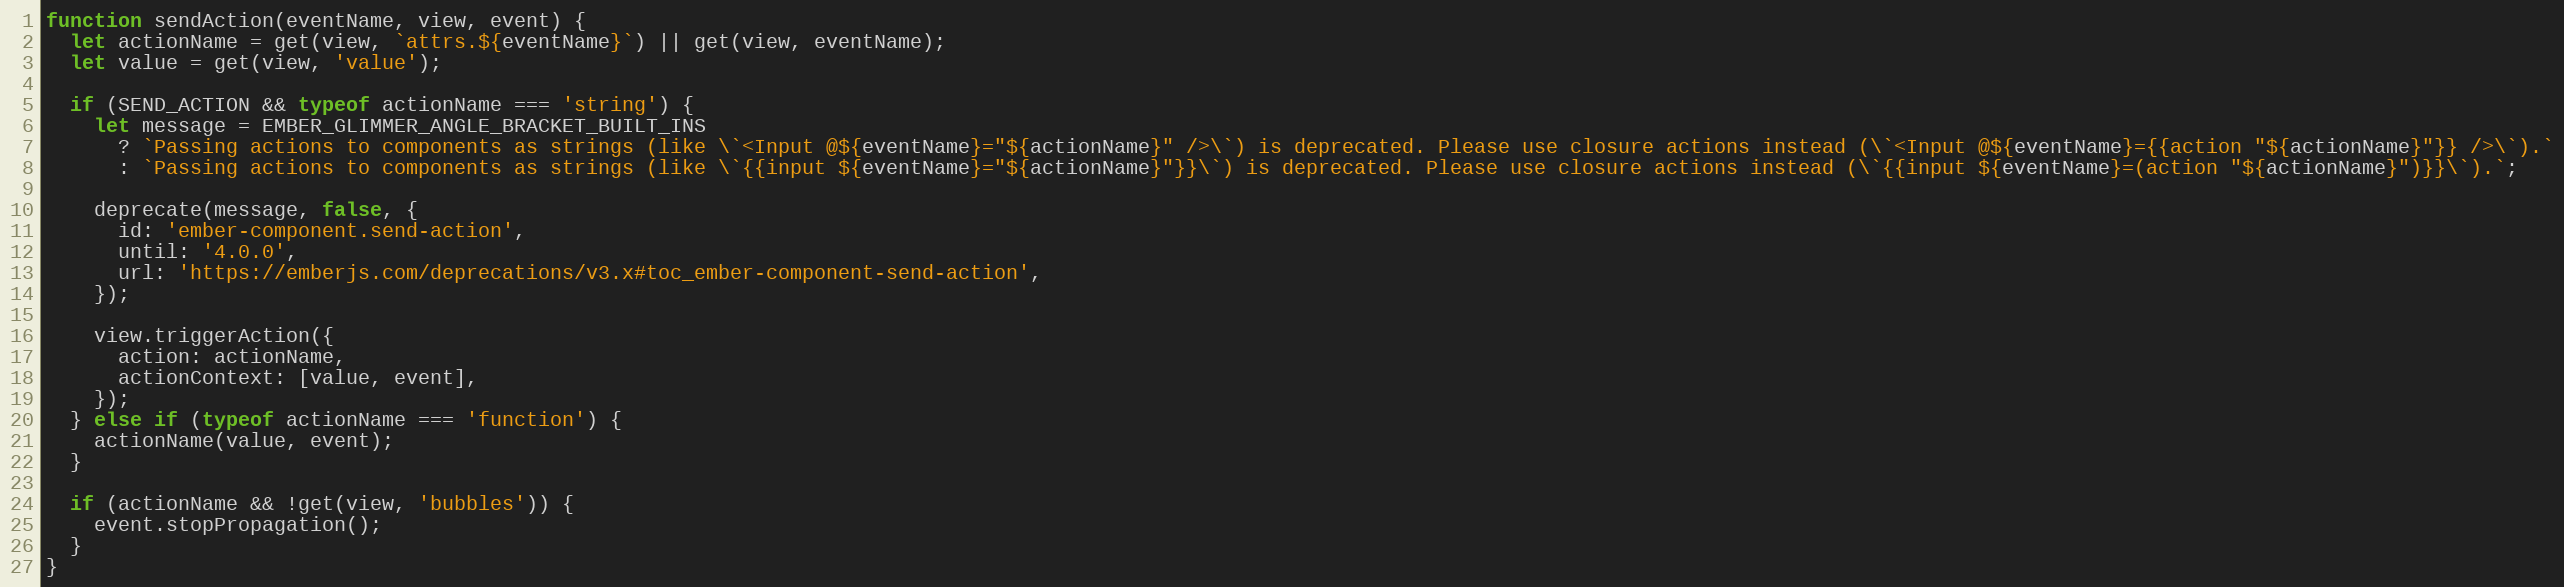
Language: JavaScript
function sendAction(eventName, view, event) {
  let actionName = get(view, `attrs.${eventName}`) || get(view, eventName);
  let value = get(view, 'value');

  if (SEND_ACTION && typeof actionName === 'string') {
    let message = EMBER_GLIMMER_ANGLE_BRACKET_BUILT_INS
      ? `Passing actions to components as strings (like \`<Input @${eventName}="${actionName}" />\`) is deprecated. Please use closure actions instead (\`<Input @${eventName}={{action "${actionName}"}} />\`).`
      : `Passing actions to components as strings (like \`{{input ${eventName}="${actionName}"}}\`) is deprecated. Please use closure actions instead (\`{{input ${eventName}=(action "${actionName}")}}\`).`;

    deprecate(message, false, {
      id: 'ember-component.send-action',
      until: '4.0.0',
      url: 'https://emberjs.com/deprecations/v3.x#toc_ember-component-send-action',
    });

    view.triggerAction({
      action: actionName,
      actionContext: [value, event],
    });
  } else if (typeof actionName === 'function') {
    actionName(value, event);
  }

  if (actionName && !get(view, 'bubbles')) {
    event.stopPropagation();
  }
}